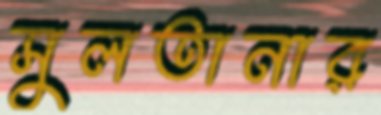
সুলতানার